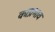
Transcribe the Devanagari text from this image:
काप्रभाव